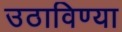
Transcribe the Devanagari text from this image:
उठाविण्या